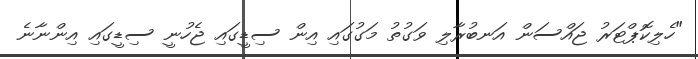
"ހެލިކޮޕްޓަރު ޖައްސަން އަނބުރާލި ވަގުތު މަގުގައި އިން ސިޑީގައި ޖެހުނީ ސިޑީގައި އިންނާނެ